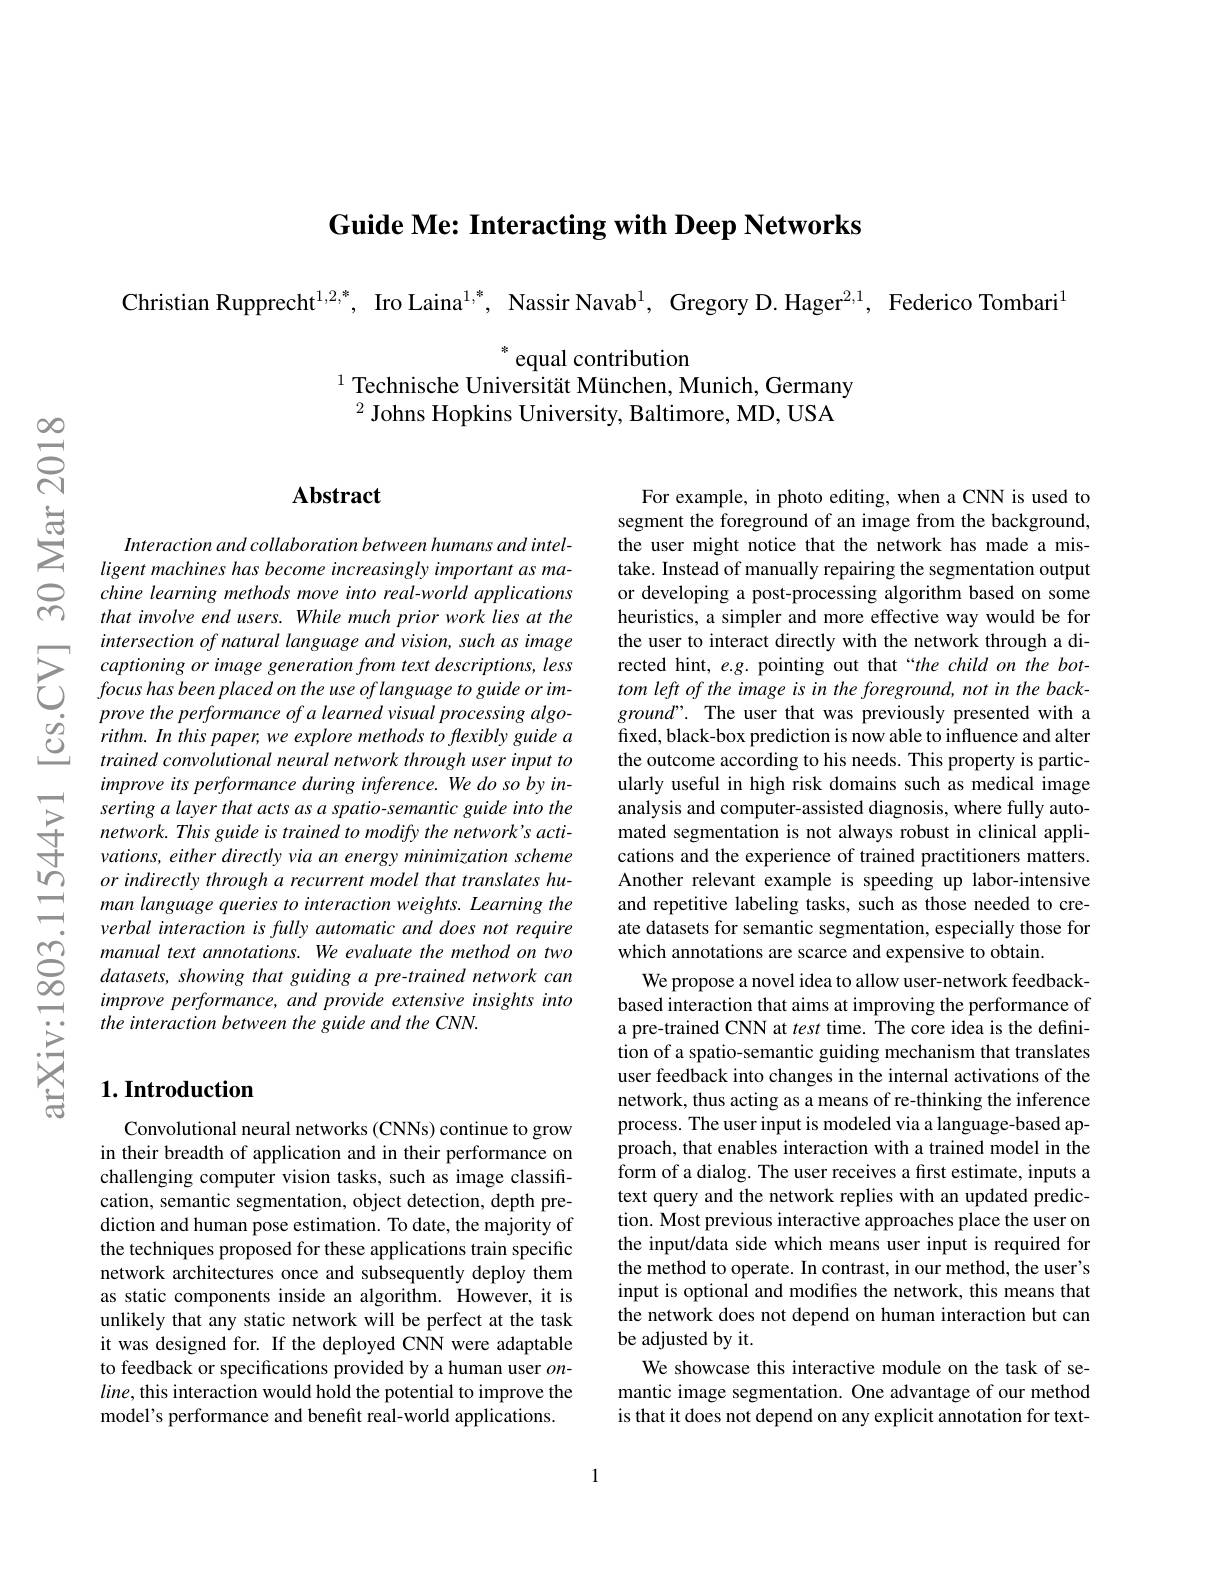
Guide Me: Interacting with D

Christian Rupprecht$^{1,2,*}$, Iro Laina$^{1,*}$, Nassir Navab$^1$, Gregory D.Hager$^{2,1}$, Federico Tombari$^{1}$

$^*$equal contribution
$^{1}$ Technische Universität München, Munich, Germany
$^{2}$ Johns Hopkins Univers

## $\mathbf{Abstract}$

Interaction and collaboratio ligent machines has become increasingly important as machine learning methods move that involve end users. While much prior work lies at the intersection of natural lang
trained convolutional neural improve its performance duri serting a layer that acts as a spatio-semantic guide into the network. This guide is train vations, either directly via
$\sum _{i= 1}^{\infty }$ $or indirectly through a recurrent model that translates hu- man language queries to interaction weights. Learning thevarbal intaraction is fullv automatic and doas not raauira{aligned}$
verbal interaction is fully automatic and does not require
$\textcircled {\infty }$ manual text annotatio
improve performance, and pro
the interaction between the guide and the CNN.

For example, in photo editin segment the foreground of an image from the background, the user might notice that the network has made a mistake. Instead of manually repairing the segmentation output or developing a post-processing algorithm based on some heuristics, a simpler and more effective way would be for the user to interact directly with the network through a directed hint, $e.g.$ pointing out that“the child on the bottom left of the image is in the foreground, not in the back- $ground’.$ The user that was previously presented with a fixed, black-box prediction is now able to influence and alter the outcome according to his needs. This property is particularly useful in high risk domains such as medical image analysis and computer-assisted diagnosis, where fully automated segmentation is not always robust in clinical applications and the experience of trained practitioners matters. Another relevant example is speeding up labor-intensive and repetitive labeling tasks, such as those needed to create datasets for semantic segmentation, especially those for which annotations are scarce and expensive to obtain.
We propose a novel idea to allow user-network feedbackbased interaction that aims at improving the performance of a pre-trained CNN at test time. The core idea is the definition of a spatio-semantic guiding mechanism that translates user feedback into changes in the internal activations of the network, thus acting as a means of re-thinking the inference process. The user input is modeled via a language-based approach, that enables interaction with a trained model in the form of a dialog. The user receives a first estimate, inputs a text query and the network replies with an updated prediction. Most previous interactive approaches place the user on the input/data side which means user input is required for the method to operate. In contrast, in our method, the user's input is optional and modifes the network, this means that the network does not depend on human interaction but can be adjusted by it.
We showcase this interactive module on the task of semantic image segmentation. One advantage of our method is that it does not depend on any explicit annotation for text-

# 1. Introduction

Convolutional neural networks (CNNs) continue to grow in their breadth of application and in their performance on challenging computer vision tasks, such as image classification, semantic segmentation, object detection, depth prediction and human pose estimation. To date, the majority of the techniques proposed for these applications train specific network architectures once and subsequently deploy them as static components inside an algorithm. However, it is unlikely that any static network will be perfect at the task it was designed for. If the deployed CNN were adaptable to feedback or specifications provided by a human user $on$- $line$, this interaction would hold the potential to improve the model's performance and benefit real-world applications

1